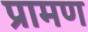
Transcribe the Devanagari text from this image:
प्रामण